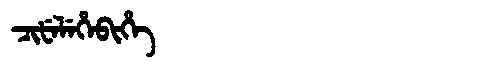
Manchu: ᠴᡳᡶᡝᠯᡝᡥᡝᠪᡳᡥᡝ
Romanization: CIFELEHEBIHE